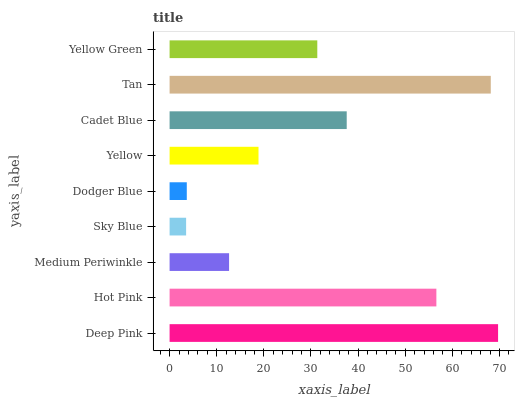
| yaxis_label | bars |
 | --- | --- |
 | Deep Pink | 69.7 |
 | Hot Pink | 56.6 |
 | Medium Periwinkle | 12.6 |
 | Sky Blue | 3.51 |
 | Dodger Blue | 3.65 |
 | Yellow | 18.9 |
 | Cadet Blue | 37.6 |
 | Tan | 68.1 |
 | Yellow Green | 31.3 |